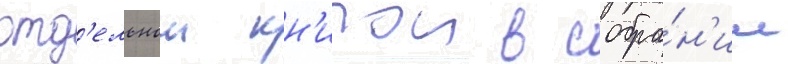
отд'ельнои кн'игои в собра́н'ии